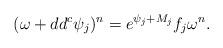
LaTeX: \begin{align*}(\omega + dd^c \psi_j)^n = e^{\psi_j + M_j} f_j \omega^n.\end{align*}